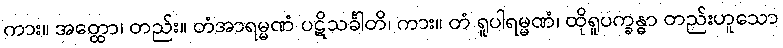
ကား။ အတ္ထော၊ တည်း။ တံအာရမ္မဏံ ပဋိသင်္ခါတိ၊ ကား။ တံ ရူပါရမ္မဏံ၊ ထိုရူပက္ခန္ဓာ တည်းဟူသော